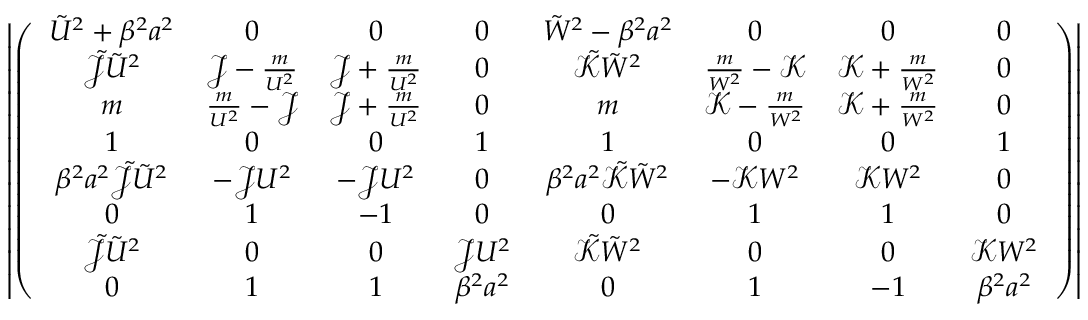
\left| \left( { \small \begin{array} { c c c c c c c c } { \tilde { U } ^ { 2 } + \beta ^ { 2 } a ^ { 2 } } & { 0 } & { 0 } & { 0 } & { \tilde { W } ^ { 2 } - \beta ^ { 2 } a ^ { 2 } } & { 0 } & { 0 } & { 0 } \\ { \tilde { \mathcal { J } } \tilde { U } ^ { 2 } } & { \mathcal { J } - \frac { m } { U ^ { 2 } } } & { \mathcal { J } + \frac { m } { U ^ { 2 } } } & { 0 } & { \tilde { \mathcal { K } } \tilde { W } ^ { 2 } } & { \frac { m } { W ^ { 2 } } - \mathcal { K } } & { \mathcal { K } + \frac { m } { W ^ { 2 } } } & { 0 } \\ { m } & { \frac { m } { U ^ { 2 } } - \mathcal { J } } & { \mathcal { J } + \frac { m } { U ^ { 2 } } } & { 0 } & { m } & { \mathcal { K } - \frac { m } { W ^ { 2 } } } & { \mathcal { K } + \frac { m } { W ^ { 2 } } } & { 0 } \\ { 1 } & { 0 } & { 0 } & { 1 } & { 1 } & { 0 } & { 0 } & { 1 } \\ { \beta ^ { 2 } a ^ { 2 } \tilde { \mathcal { J } } \tilde { U } ^ { 2 } } & { - \mathcal { J } U ^ { 2 } } & { - \mathcal { J } U ^ { 2 } } & { 0 } & { \beta ^ { 2 } a ^ { 2 } \tilde { \mathcal { K } } \tilde { W } ^ { 2 } } & { - \mathcal { K } W ^ { 2 } } & { \mathcal { K } W ^ { 2 } } & { 0 } \\ { 0 } & { 1 } & { - 1 } & { 0 } & { 0 } & { 1 } & { 1 } & { 0 } \\ { \tilde { \mathcal { J } } \tilde { U } ^ { 2 } } & { 0 } & { 0 } & { \mathcal { J } U ^ { 2 } } & { \tilde { \mathcal { K } } \tilde { W } ^ { 2 } } & { 0 } & { 0 } & { \mathcal { K } W ^ { 2 } } \\ { 0 } & { 1 } & { 1 } & { \beta ^ { 2 } a ^ { 2 } } & { 0 } & { 1 } & { - 1 } & { \beta ^ { 2 } a ^ { 2 } } \end{array} } \right) \right| = 0 \, ,